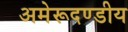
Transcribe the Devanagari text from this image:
अमेरूदण्डीय